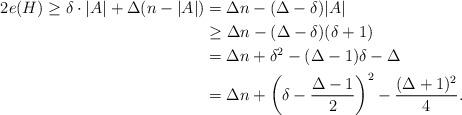
LaTeX: \begin{align*}2e(H) \ge \delta\cdot |A|+\Delta(n-|A|) &=\Delta n-(\Delta-\delta)|A|\\&\ge \Delta n-(\Delta-\delta)(\delta+1)\\&=\Delta n+\delta^2-(\Delta -1)\delta-\Delta \\&=\Delta n+\left(\delta-\frac{\Delta -1}2\right)^2 -\frac{(\Delta +1)^2}4. \end{align*}